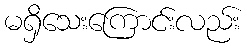
မရှိသေးကြောင်းလည်း